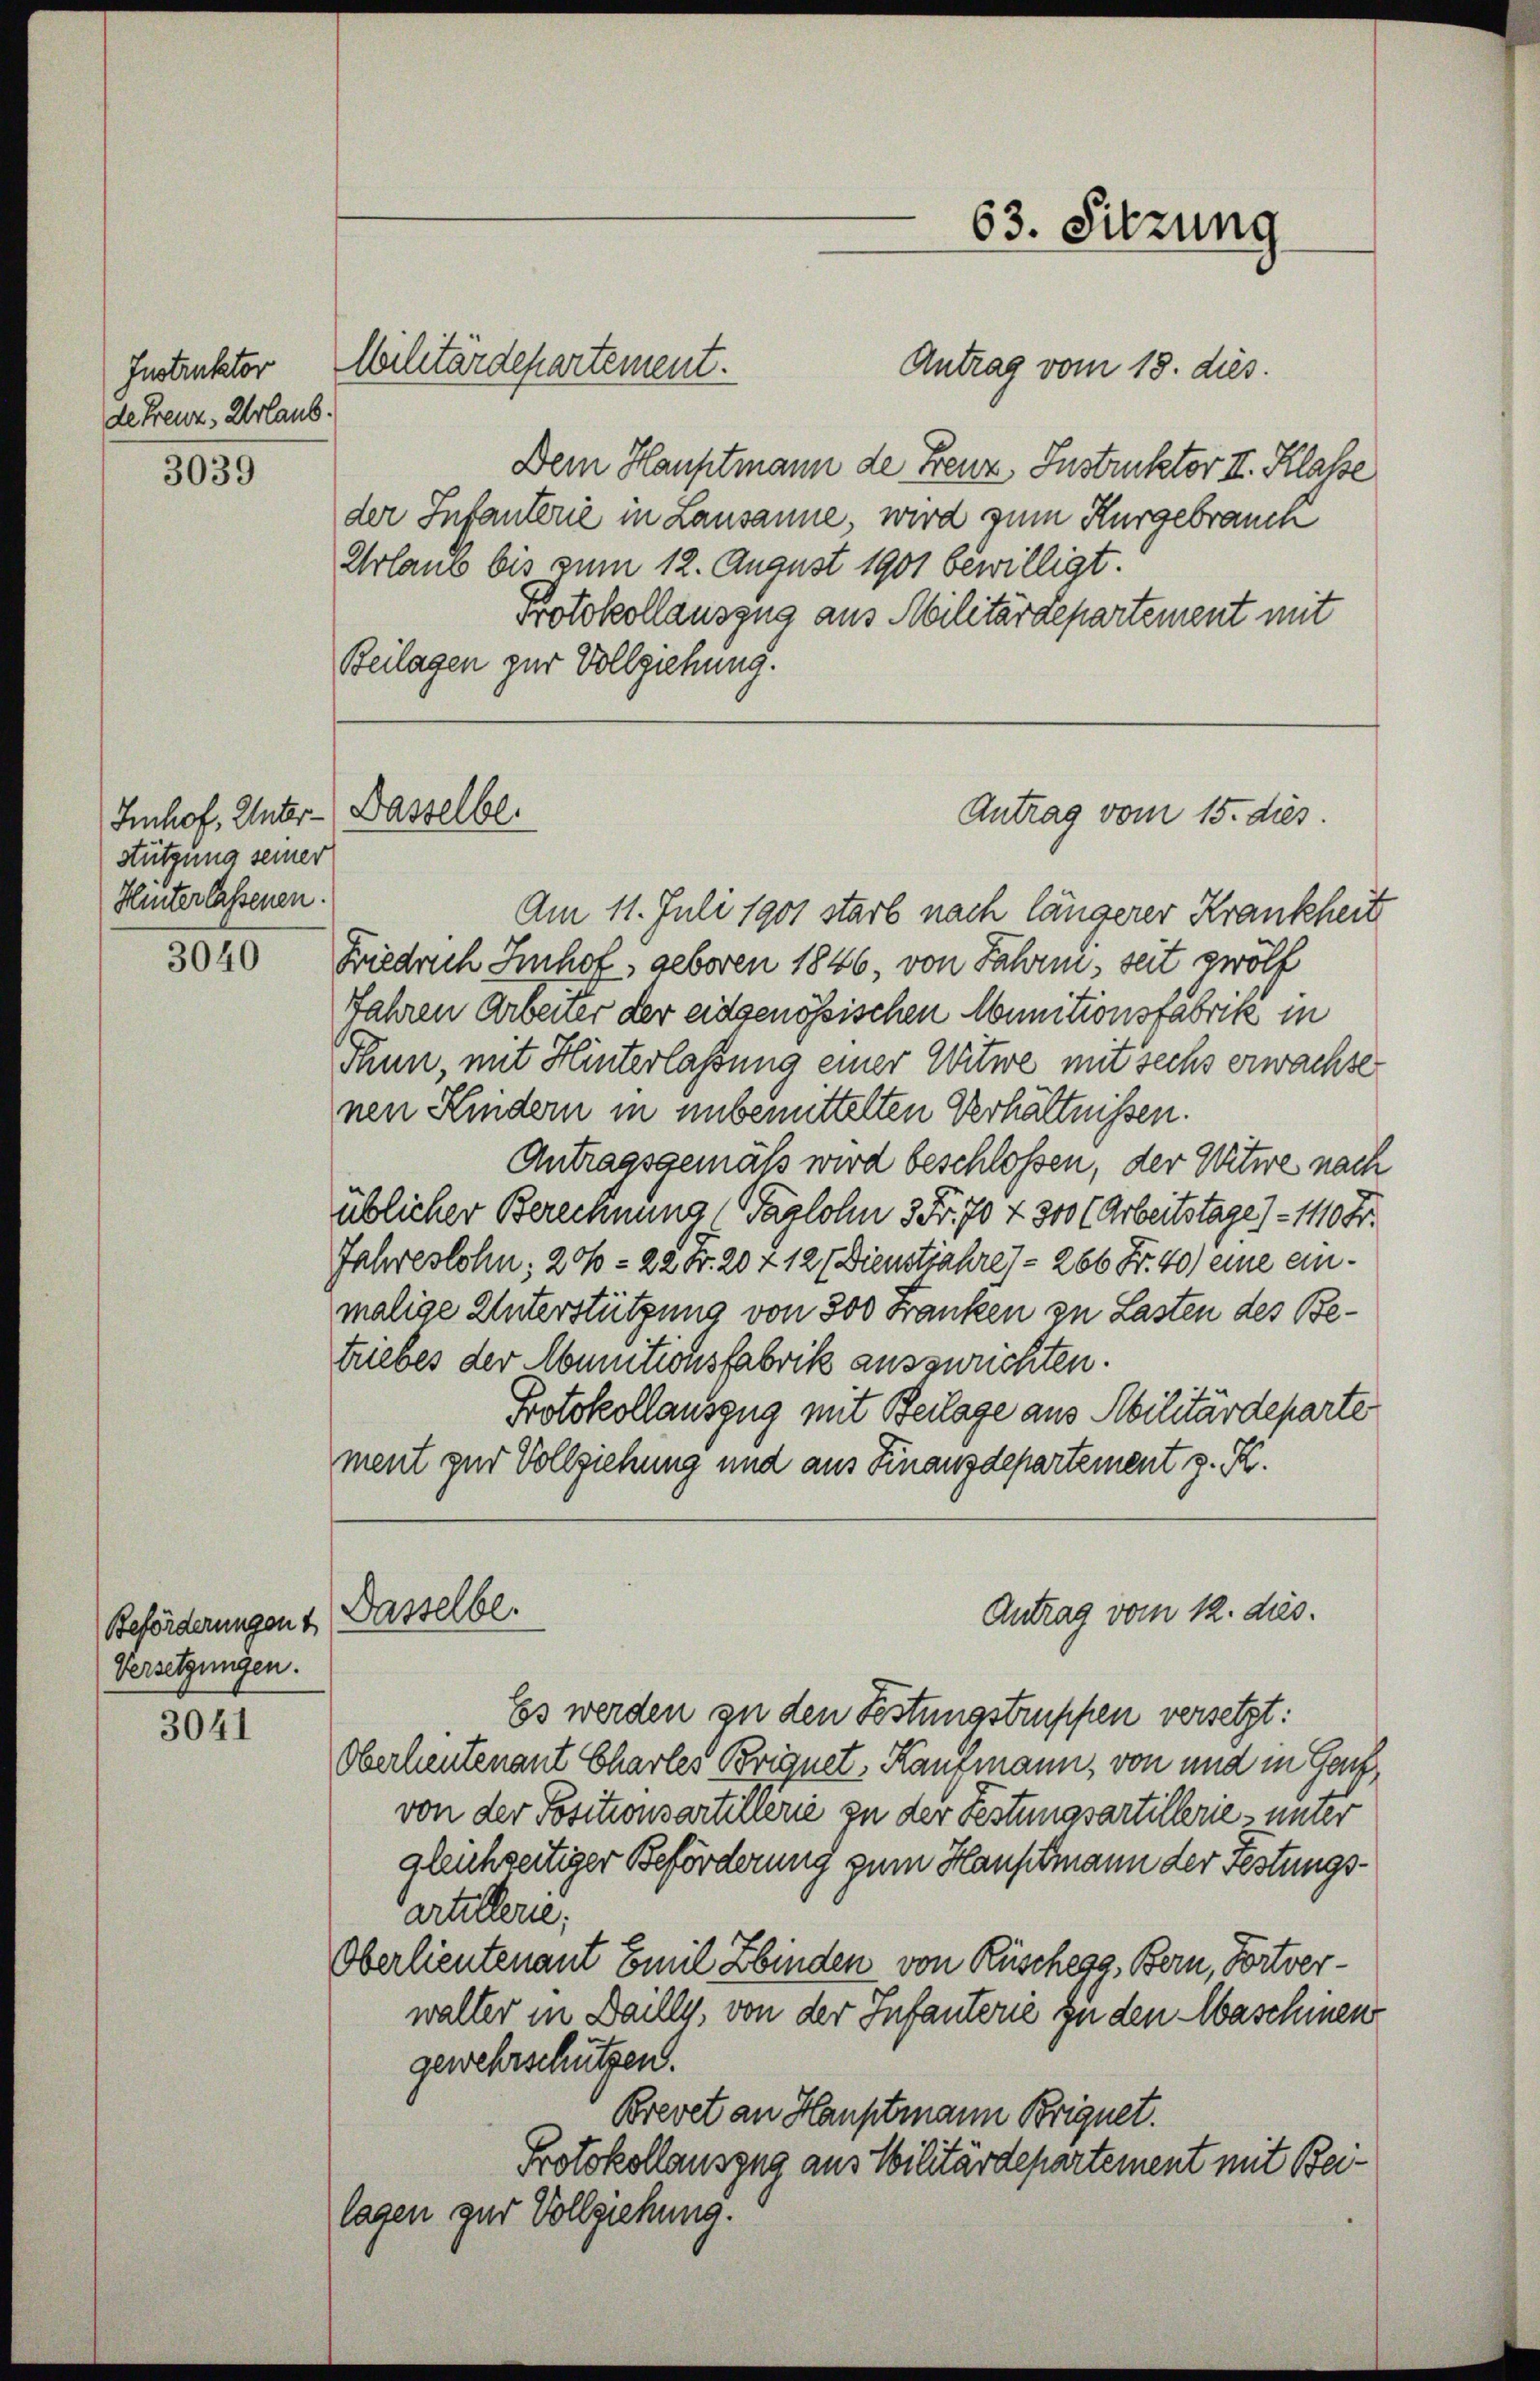
Instrukator
de Freuz, Urlaub.

3039

stützung seiner
Hinterlassenen.

3040

Beförderungen & Basselbe.
Versetzungen.

3041

Imhof, Unter-Basselbe.

Antrag vom 18. dies.
Dem Hauptmann de Freuz, Instruktor II. Klasse
der Infanterie in Lausanne, wird zum Kurgebrauch
Urlaub bis zum 12. August 1901 bewilligt.
Protokollauszug aus Militärdepartement mit
Beilagen zur Vollziehung.

Wilitärdepartement.

63. Sitzung

Antrag vom 15. dies

Antrag vom 12. dies.

Am 11. Juli 1901 starb nach längerer Krankheit
Friedrich Imhof, geboren 1846, von Jahre, seit zwölf
Jahren Arbeiter der eidgenössischen Munitionsfabrik in
Thun, mit Hinterlassung einer Witwe mit sechs erwachse
nen Kindern in unbemittelten Verhältnissen.
Antragsgemäß wird beschlossen, der Witwe nach
üblicher Berechnung (Taglohn 3 Fr. 70 f 300 (Arbeitstage) - 110 Fr.
Jahreslohn, 206 - 22 Fr. 20 f 12 (Dienstjahre) - 266 Fr. 40) eine einmalige Unterstützung von 300 Franken zu Lasten des Betriebes der Munitionsfabrik auszurichten.
Protokollauszug mit Beilage aus Abilitärdeparte
ment zur Vollziehung und aus Finanzdepartement z. B.

Es werden zu den Festungstruppen versetzt:
Oberleutenant Charles Brignet, Kaufmann, von und in Ge
von der Positionsarteterie zu der Festungsartillerie unter
gleichzeitiger Beförderung zum Hauptmann der Festungsartellerie,
Oberlieutenant Emil Zbinden von Rüschegg, Bern, Fortverwalter in Dailly, von der Infanterie zu den Maschinen
gewehrschützen.
Brevet an Hauptmann Brignet.
Protokollauszug aus Militärdepartement mit Beilagen zur Vollziehung.